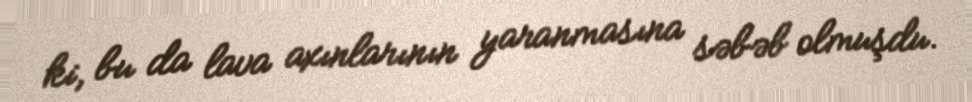
ki, bu da lava axınlarının yaranmasına səbəb olmuşdu.